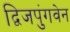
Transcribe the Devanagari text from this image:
द्विजपुंगवेन